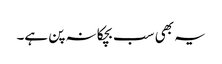
یہ بھی سب بچکانہ پن ہے۔